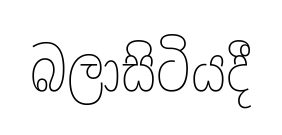
බලාසිටියදී